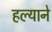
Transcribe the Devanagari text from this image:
हल्याने